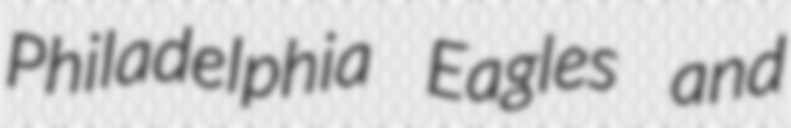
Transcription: Philadelphia Eagles and